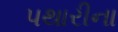
પથારીના